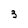
Character: 3